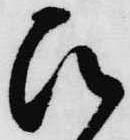
ひ